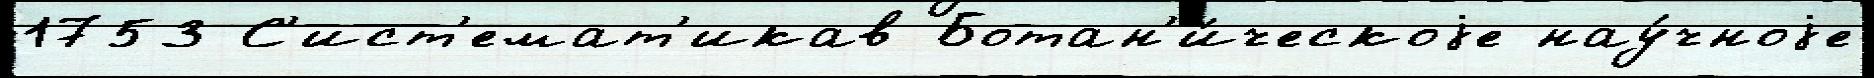
1753 С'ист'емат'икав Ботан'и́ческоjе нау́чноjе